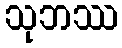
သုဘဿ